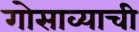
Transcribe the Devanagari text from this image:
गोसाव्याची